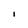
Character: i